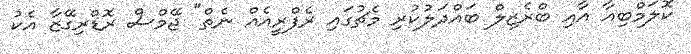
ކޮލަމްބިއާ އާއި ބްރެޒިލް ބައްދަލުކުރި މެޗުގައި ރެފްރީއެއް ނެތް" ޖޭމްސް ރޮޑްރިގޭޒާ އެކު